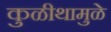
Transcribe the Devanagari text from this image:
कुळीथामुळे